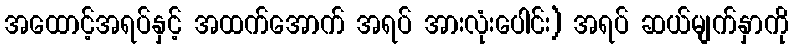
အထောင့်အရပ်နှင့် အထက်အောက် အရပ် အားလုံးပေါင်း) အရပ် ဆယ်မျက်နှာကို